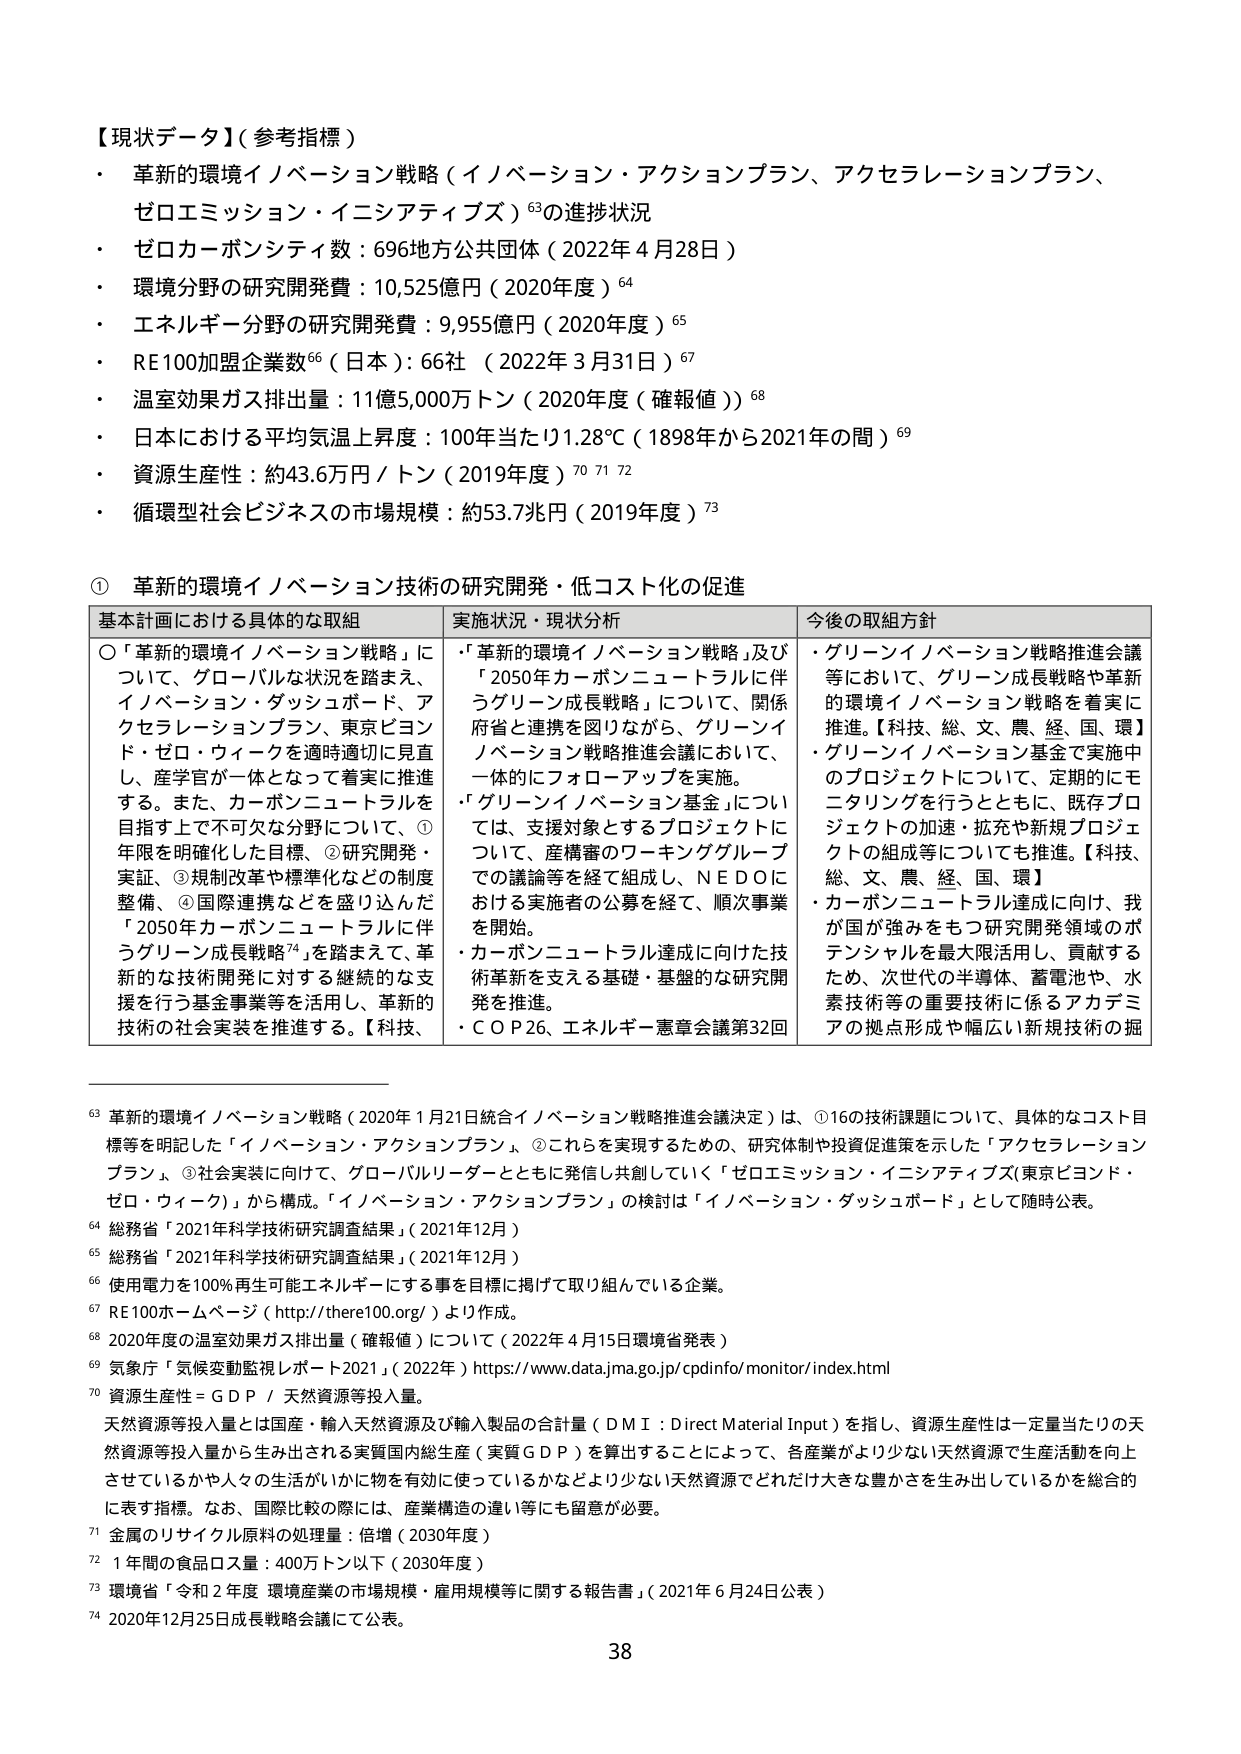
【現状データ】（参考指標）
・ 革新的環境イノベーション戦略（イノベーション・アクションプラン、アクセラレーションプラン、ゼロエミッション・イニシアティブズ）⁶³の進捗状況
・ ゼロカーボンシティ数：696地方公共団体（2022年4月28日）
・ 環境分野の研究開発費：10,525億円（2020年度）⁶⁴
・ エネルギー分野の研究開発費：9,955億円（2020年度）⁶⁵
・ RE100加盟企業数⁶⁶（日本）：66社（2022年3月31日）⁶⁷
・ 温室効果ガス排出量：11億5,000万トン（2020年度（確報値））⁶⁸
・ 日本における平均気温上昇度：100年当たり1.28℃（1898年から2021年の間）⁶⁹
・ 資源生産性：約43.6万円／トン（2019年度）⁷⁰ ⁷¹ ⁷²
・ 循環型社会ビジネスの市場規模：約53.7兆円（2019年度）⁷³

① 革新的環境イノベーション技術の研究開発・低コスト化の促進

基本計画における具体的な取組 実施状況・現状分析 今後の取組方針
○「革新的環境イノベーション戦略」について、グローバルな状況を踏まえ、イノベーション・ダッシュボード、アクセラレーションプラン、東京ビヨンド・ゼロ・ウィークを適時適切に見直し、産学官が一体となって着実に推進する。また、カーボンニュートラルを目指す上で不可欠な分野について、①年限を明確化した目標、②研究開発・実証、③規制改革や標準化などの制度整備、④国際連携などを盛り込んだ「2050年カーボンニュートラルに伴うグリーン成長戦略⁷⁴」を踏まえて、革新的な技術開発に対する継続的な支援を行う基金事業等を活用し、革新的技術の社会実装を推進する。【科技、
・「革新的環境イノベーション戦略」及び「2050年カーボンニュートラルに伴うグリーン成長戦略」について、関係府省と連携を図りながら、グリーンイノベーション戦略推進会議において、一体的にフォローアップを実施。
・「グリーンイノベーション基金」については、支援対象とするプロジェクトについて、産構審のワーキンググループでの議論等を経て組成し、ＮＥＤＯにおける実施者の公募を経て、順次事業を開始。
・カーボンニュートラル達成に向けた技術革新を支える基礎・基盤的な研究開発を推進。
・ＣＯＰ26、エネルギー憲章会議第32回
・グリーンイノベーション戦略推進会議等において、グリーン成長戦略や革新的環境イノベーション戦略を着実に推進。【科技、総、文、農、経、国、環】
・グリーンイノベーション基金で実施中のプロジェクトについて、定期的にモニタリングを行うとともに、既存プロジェクトの加速・拡充や新規プロジェクトの組成等についても推進。【科技、総、文、農、経、国、環】
・カーボンニュートラル達成に向け、我が国が強みをもつ研究開発領域のポテンシャルを最大限活用し、貢献するため、次世代の半導体、蓄電池や、水素技術等の重要技術に係るアカデミアの拠点形成や幅広い新規技術の掘

⁶³ 革新的環境イノベーション戦略（2020年1月21日統合イノベーション戦略推進会議決定）は、①16の技術課題について、具体的なコスト目標等を明記した「イノベーション・アクションプラン」、②これらを実現するための、研究体制や投資促進策を示した「アクセラレーションプラン」、③社会実装に向けて、グローバルリーダーとともに発信し共創していく「ゼロエミッション・イニシアティブズ（東京ビヨンド・ゼロ・ウィーク）」から構成。「イノベーション・アクションプラン」の検討は「イノベーション・ダッシュボード」として随時公表。
⁶⁴ 総務省「2021年科学技術研究調査結果」（2021年12月）
⁶⁵ 総務省「2021年科学技術研究調査結果」（2021年12月）
⁶⁶ 使用電力を100%再生可能エネルギーにする事を目標に掲げて取り組んでいる企業。
⁶⁷ RE100ホームページ（http://there100.org/）より作成。
⁶⁸ 2020年の温室効果ガス排出量（確報値）について（2022年4月15日環境省発表）
⁶⁹ 気象庁「気候変動監視レポート2021」（2022年）https://www.data.jma.go.jp/cpdinfo/monitor/index.html
⁷⁰ 資源生産性＝ＧＤＰ／天然資源等投入量。
天然資源等投入量とは国産・輸入天然資源及び輸入製品の合計量（ＤＭＩ：Direct Material Input）を指し、資源生産性は一定量当たりの天然資源等投入量から生み出される実質国内総生産（実質ＧＤＰ）を算出することによって、各産業がより少ない天然資源で生産活動を向上させているかや人々の生活がいかに物を有効に使っているかなどより少ない天然資源でどれだけ大きな豊かさを生み出しているかを総合的に表す指標。なお、国際比較の際には、産業構造の違い等にも留意が必要。
⁷¹ 金属のリサイクル原料の処理量：倍増（2030年度）
⁷² 1年間の食品ロス量：400万トン以下（2030年度）
⁷³ 環境省「令和2年度 環境産業の市場規模・雇用規模等に関する報告書」（2021年6月24日公表）
⁷⁴ 2020年12月25日成長戦略会議にて公表。

38